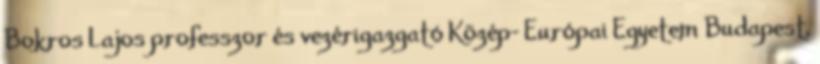
Bokros Lajos professzor és vezérigazgató Közép- Európai Egyetem Budapest,